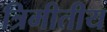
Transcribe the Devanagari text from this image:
त्रिमीतीय